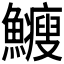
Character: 𩽉